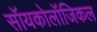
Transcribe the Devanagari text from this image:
सॉयकोलॉजिकल